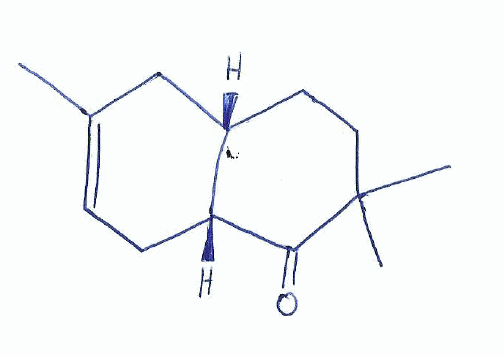
Simplified molecular-input line-entry system (SMILES) notation of the given molecule:
CC1=CC[C@@]2([C@H](C1)CCC(C2=O)(C)C)C